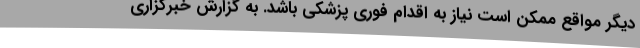
دیگر مواقع ممکن است نیاز به اقدام فوری پزشکی باشد. به گزارش خبرگزاری